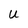
Character: U